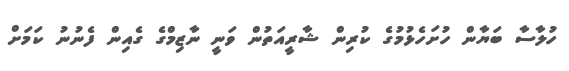
ހުލާސާ ބަޔާން ހުށަހެޅުމުގެ ކުރިން ޝާރީއަތުން ވަނީ ނާޒިމްގެ ގެއިން ފެނުނު ކަމަށް